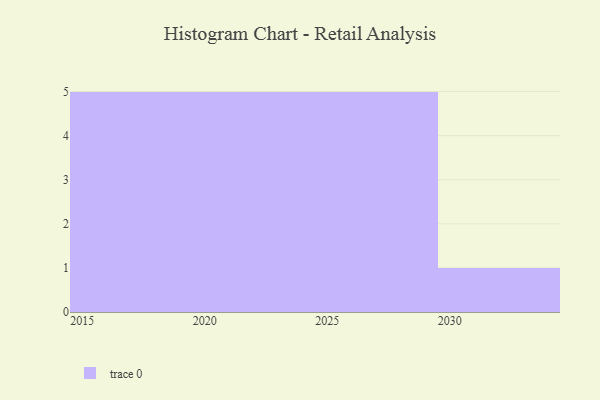
{"axis": {"x": "Year", "y": "Demand Index"}, "legend": [""], "data": [{"x": "2027", "y": 57, "type": ""}, {"x": "2029", "y": 3, "type": ""}, {"x": "2016", "y": 1, "type": ""}, {"x": "2018", "y": 74, "type": ""}, {"x": "2026", "y": 35, "type": ""}, {"x": "2015", "y": 60, "type": ""}, {"x": "2022", "y": 56, "type": ""}, {"x": "2017", "y": 44, "type": ""}, {"x": "2021", "y": 32, "type": ""}, {"x": "2028", "y": 62, "type": ""}, {"x": "2020", "y": 6, "type": ""}, {"x": "2030", "y": 62, "type": ""}, {"x": "2023", "y": 47, "type": ""}, {"x": "2019", "y": 78, "type": ""}, {"x": "2025", "y": 99, "type": ""}, {"x": "2024", "y": 39, "type": ""}]}